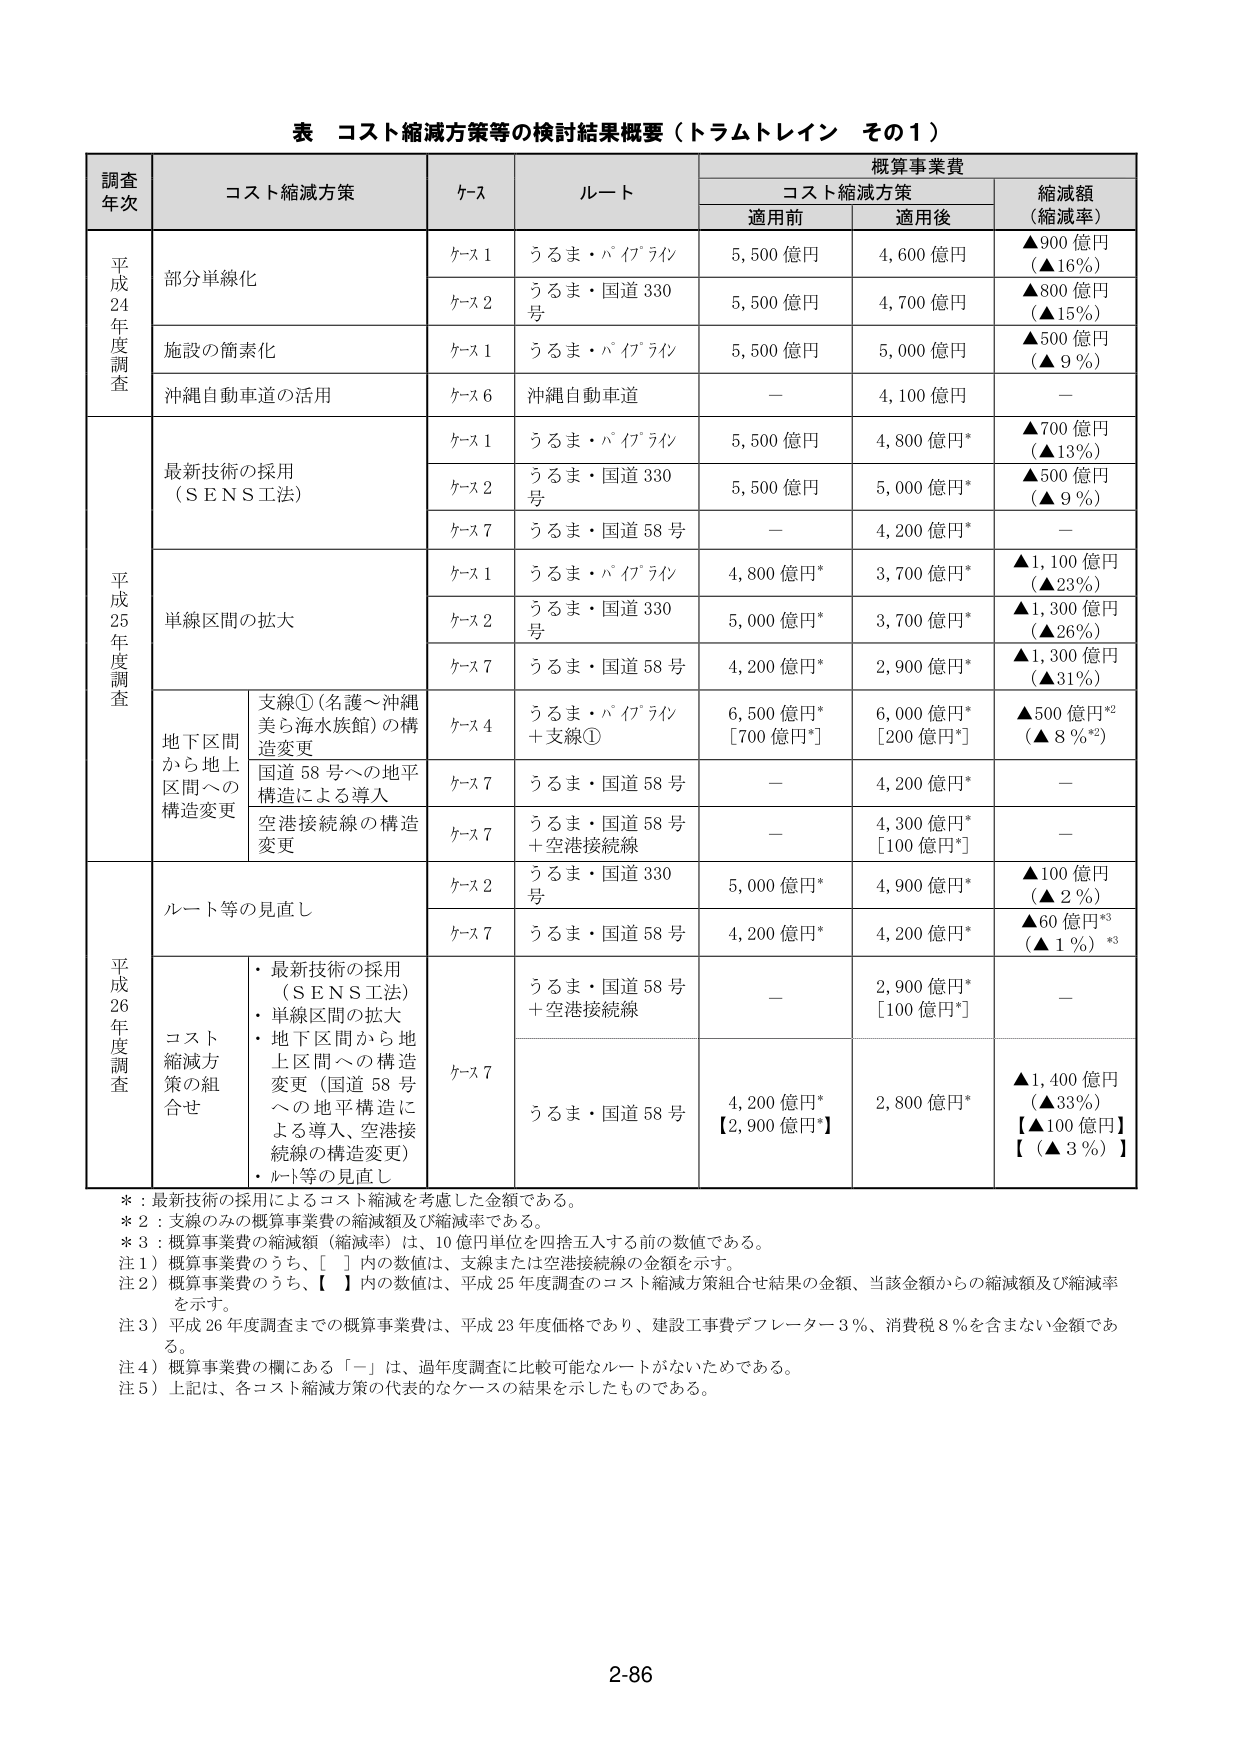
表 コスト縮減方策等の検討結果概要（トラムトレイン その1）

調査年次	コスト縮減方策	ケース	ルート	概算事業費	縮減額（縮減率）
		コスト縮減方策	適用前	適用後
平成24年度調査	部分単線化	ケース1	うるま・バイブライン	5,500億円	4,600億円	▲900億円（▲16%）
		ケース2	うるま・国道330号	5,500億円	4,700億円	▲800億円（▲15%）
		施設の簡素化	ケース1	うるま・バイブライン	5,500億円	5,000億円	▲500億円（▲9%）
		沖縄自動車道の活用	ケース6	沖縄自動車道	－	4,100億円	－
平成25年度調査	最新技術の採用（ＳＥＮＳ工法）	ケース1	うるま・バイブライン	5,500億円	4,800億円*	▲700億円（▲13%）
		ケース2	うるま・国道330号	5,500億円	5,000億円*	▲500億円（▲9%）
		ケース7	うるま・国道58号	－	4,200億円*	－
		単線区間の拡大	ケース1	うるま・バイブライン	4,800億円*	3,700億円*	▲1,100億円（▲23%）
		ケース2	うるま・国道330号	5,000億円*	3,700億円*	▲1,300億円（▲26%）
		ケース7	うるま・国道58号	4,200億円*	2,900億円*	▲1,300億円（▲31%）
		地下区間から地上区間への構造変更	支線①（名護～沖縄美ら海水族館）の構造変更	ケース4	うるま・バイブライン＋支線①	6,500億円*[700億円*]	6,000億円*[200億円*]	▲500億円*2（▲8%*2）
		国道58号への地平構造による導入	ケース7	うるま・国道58号	－	4,200億円*	－
		空港接続線の構造変更	ケース7	うるま・国道58号＋空港接続線	－	4,300億円*[100億円*]	－
平成26年度調査	ルート等の見直し	ケース2	うるま・国道330号	5,000億円*	4,900億円*	▲100億円（▲2%）
		ケース7	うるま・国道58号	4,200億円*	4,200億円*	▲60億円*3（▲1%）*3
		コスト縮減方策の組合せ	・最新技術の採用（ＳＥＮＳ工法）・単線区間の拡大・地下区間から地上区間への構造変更（国道58号への地平構造による導入、空港接続線の構造変更）・ルート等の見直し	ケース7	うるま・国道58号＋空港接続線	－	2,900億円*[100億円*]	－
		うるま・国道58号	4,200億円*[2,900億円*]	2,800億円*	▲1,400億円（▲33%）【▲100億円】【（▲3%）】

※：最新技術の採用によるコスト縮減を考慮した金額である。
※2：支線のみの概算事業費の縮減額及び縮減率である。
※3：概算事業費の縮減額（縮減率）は、10億円単位を四捨五入する前の数値である。
注1）概算事業費のうち、[ ]内の数値は、支線または空港接続線の金額を示す。
注2）概算事業費のうち、【 】内の数値は、平成25年度調査のコスト縮減方策組合せ結果の金額、当該金額からの縮減額及び縮減率を示す。
注3）平成26年度調査までの概算事業費は、平成23年度価格であり、建設工事費デフレーター3%、消費税8%を含まない金額である。
注4）概算事業費の欄にある「－」は、過年度調査に比較可能なルートがないためである。
注5）上記は、各コスト縮減方策の代表的なケースの結果を示したものである。

2-86